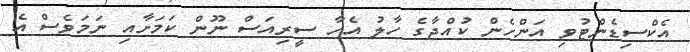
އެކްސިޑެންޓުވި އަންހެން ކުއްޖާގެ ހާލު އެހާ ސީރިއަސް ނޫން ކަމަށާއި ނަމަވެސް އެ